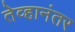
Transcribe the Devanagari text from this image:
तेव्हानंतर